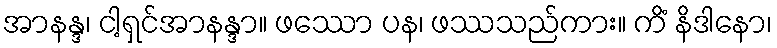
အာနန္ဒ၊ ငါ့ရှင်အာနန္ဒာ။ ဖဿော ပန၊ ဖဿသည်ကား။ ကိံ နိဒါနော၊